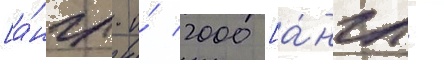
[а́нгл. и́ 2000 [а́нгл.